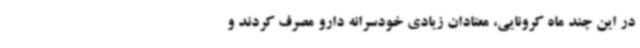
در این چند ماه کرونایی، معتادان زیادی خودسرانه دارو مصرف کردند و